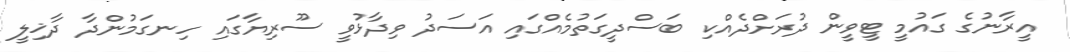
އީރާނުގެ ގައުމީ ޓީވީން ދުރަށްދެއްކި ބަސްދީގަތުމެއްގައި އަސަދު ވިދާޅުވީ ސޫރިޔާގައި ހިނގަމުންދާ ދާޚިލީ